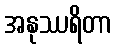
အနုဿရိတာ